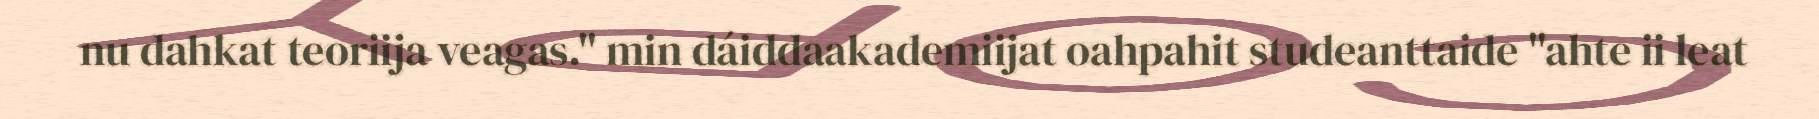
nu dahkat teoriija veagas." min dáiddaakademiijat oahpahit studeanttaide "ahte ii leat